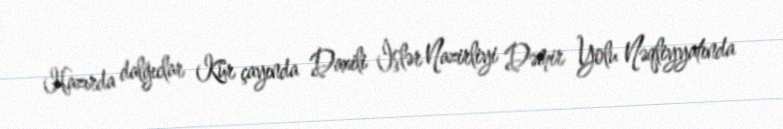
Hazırda dalğıclar Kür çayında Daxili İşlər Nazirliyi Dəmir Yolu Nəqliyyatında